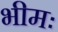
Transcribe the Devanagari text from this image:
भीमः